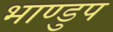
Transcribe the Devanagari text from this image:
भाण्डुप